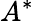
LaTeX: A^{\ast}